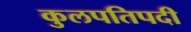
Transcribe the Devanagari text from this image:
कुलपतिपदी